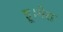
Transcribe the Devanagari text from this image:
हू।मेरा